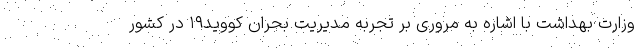
وزارت بهداشت با اشاره به مروری بر تجربه مدیریت بحران کووید۱۹ در کشور